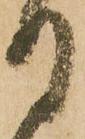
る